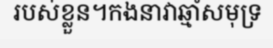
របស់ខ្លួន។កងនាវាឆ្មាំសមុទ្រ